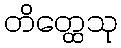
တိတ္ထေသု